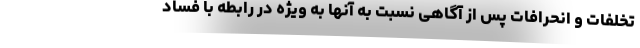
تخلفات و انحرافات پس از آگاهی نسبت به آنها به ویژه در رابطه با فساد